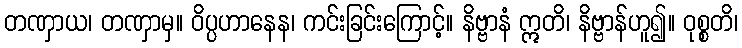
တဏှာယ၊ တဏှာမှ။ ဝိပ္ပဟာနေန၊ ကင်းခြင်းကြောင့်။ နိဗ္ဗာနံ ဣတိ၊ နိဗ္ဗာန်ဟူ၍။ ဝုစ္စတိ၊